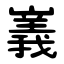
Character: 㠖